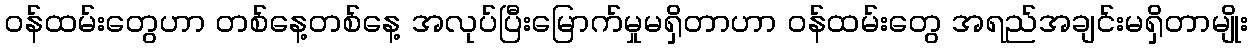
ဝန်ထမ်းတွေပာာ တစ်နေ့တစ်နေ့ အလုပ်ပြီးမြောက်မှုမရှိတာပာာ ဝန်ထမ်းတွေ အရည်အချင်းမရှိတာမျိုး